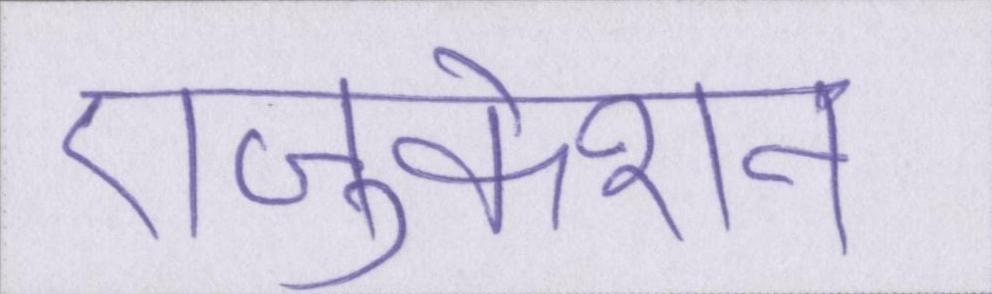
एजुकेशन